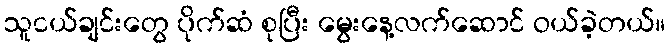
သူငယ်ချင်းတွေ ပိုက်ဆံ စုပြီး မွေးနေ့လက်ဆောင် ဝယ်ခဲ့တယ်။